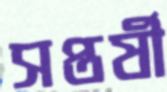
সপ্তর্ষী